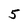
Character: 5